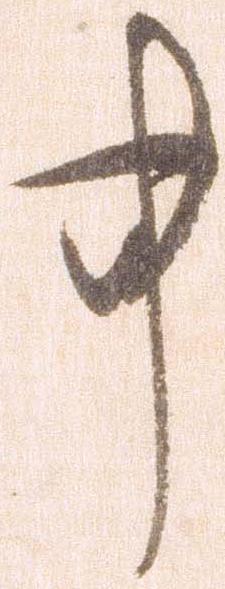
事